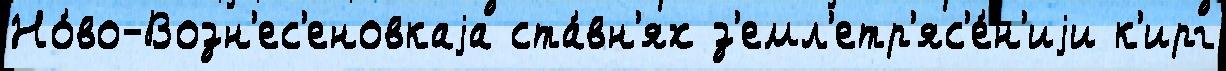
Но́во-Возн'ес'еновкаjа ста́вн'ях з'емл'етр'яс'е́н'иjи к'ирг